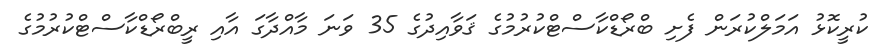
ކުރީކޮޅު އަމަލްކުރަން ފެށި ބްރޯޑްކާސްޓްކުރުމުގެ ޤަވާއިދުގެ 35 ވަނަ މާއްދާގަ އާއި ރީބްރޯޑްކާސްޓްކުރުމުގެ